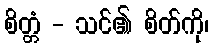
စိတ္တံ - သင်၏ စိတ်ကို၊